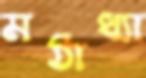
মঠাধ্যা